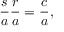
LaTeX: { \frac { s } { a } } { \frac { r } { a } } = { \frac { c } { a } } ,